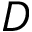
D